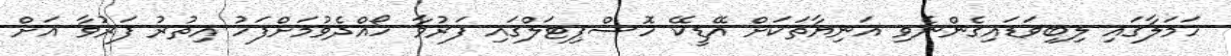
ހަމަލާގައި ލިބިވަޑައިގެންނެވި އަނިޔާތަކަށް އޭޑީކޭ ހޮސްޕިޓަލްގައި ފަރުވާ ހޯއްދެވުމަށްފަހު އިތުރު ފަރުވާ އަށް